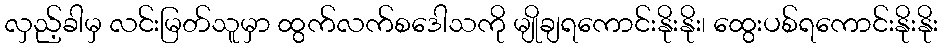
လှည့်ခါမှ လင်းမြတ်သူမှာ ထွက်လက်စဒေါသကို မျိုချရကောင်းနိုးနိုး၊ ထွေးပစ်ရကောင်းနိုးနိုး